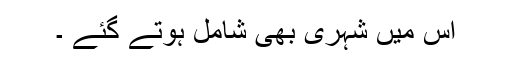
اس ميں شہری بھی شامل ہوتے گئے ۔